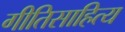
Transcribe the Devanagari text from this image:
गीतिसाहित्य